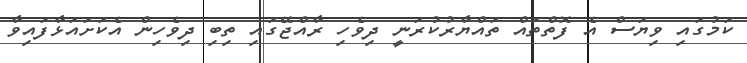
ކަމުގައި ވިޔަސް އެ ފޮތްތައް ތައްޔާރުކުރަނީ ދިވެހި ރާއްޖޭގައި ތިބި ދިވެހިން އެކަށައަޅާފައިވާ